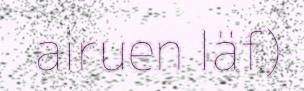
airuen läf)